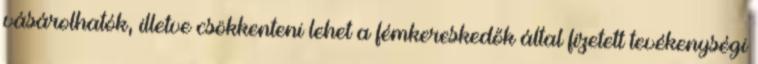
vásárolhatók, illetve csökkenteni lehet a fémkereskedők által fizetett tevékenységi